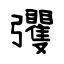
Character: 彏